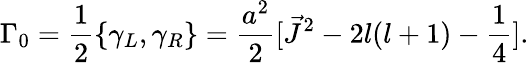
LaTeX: {\Gamma}_{0}=\frac{1}{2}\{ {\gamma}_{L},{\gamma}_{R}\} =\frac{a^{2}}{2}[\vec{J}^{2}-2l(l+1)-\frac{1}{4}].